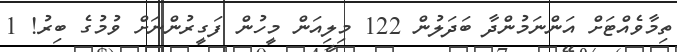
ތިމާވެއްޓަށް އަންނަމުންދާ ބަދަލުން 122 މިލިއަން މީހުން ފަގީރުންނަށް ވުމުގެ ބިރު! 1